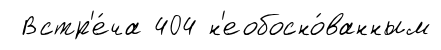
Встр'е́ча 404 н'еобосно́ванным